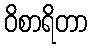
ဝိစာရိတာ